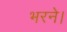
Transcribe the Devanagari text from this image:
भरने।